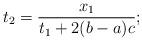
LaTeX: \begin{align*}t_2 = \frac{x_1}{t_1 + 2(b-a)c} ;\end{align*}